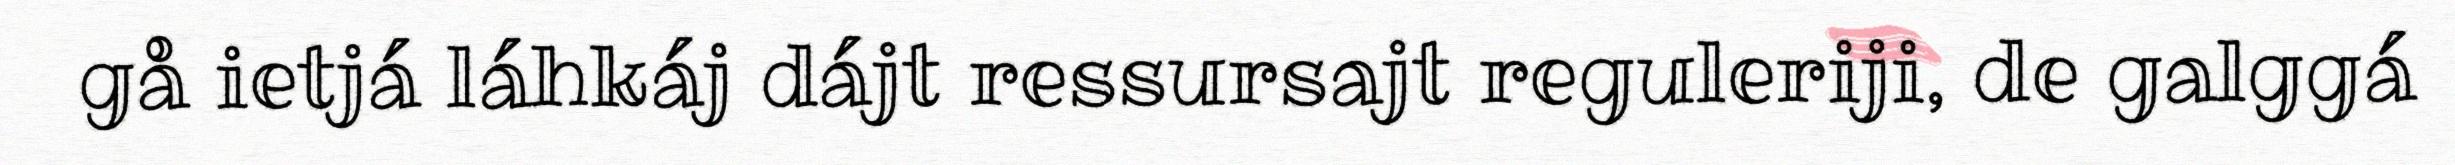
gå ietjá láhkáj dájt ressursajt reguleriji, de galggá